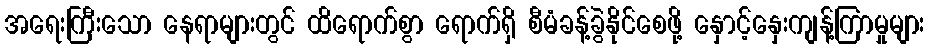
အရေးကြီးသော နေရာများတွင် ထိရောက်စွာ ရောက်ရှိ စီမံခန့်ခွဲနိုင်စေဖို့ နှောင့်နှေးကျန့်ကြာမှုများ